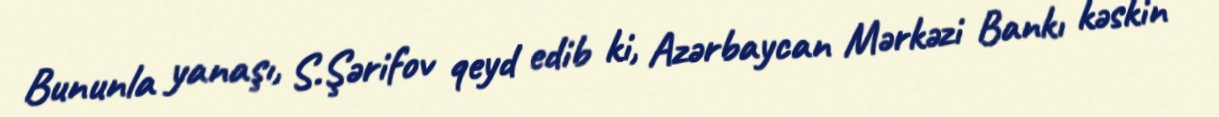
Bununla yanaşı, S.Şərifov qeyd edib ki, Azərbaycan Mərkəzi Bankı kəskin